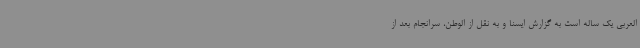
العربی یک ساله است به گزارش ایسنا و به نقل از الوطن، سرانجام بعد از